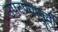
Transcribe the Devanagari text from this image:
उपटण्यापूर्वी